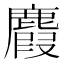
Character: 麚